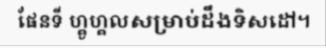
ផែនទី ហ្គូហ្គលសម្រាប់ដឹងទិសដៅ។